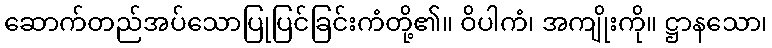
ဆောက်တည်အပ်သောပြုပြင်ခြင်းကံတို့၏။ ဝိပါကံ၊ အကျိုးကို။ ဋ္ဌာနသော၊